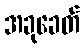
အခုခေတ်